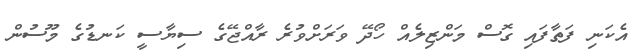
އެކަނި ފަތާފައި ގޮސް މަންޒިލެއް ހޯދޭ ވަރަށްވުރެ ރާއްޖޭގެ ސިޔާސީ ކަނޑުގެ މޫސުން